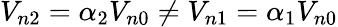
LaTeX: V_{n2}=\alpha_{2}V_{n0}\ne V_{n1}=\alpha_{1}V_{n0}